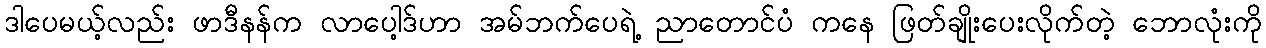
ဒါပေမယ့်လည်း ဖာဒီနန်က လာပေါ့ဒ်ဟာ အမ်ဘက်ပေရဲ့ ညာတောင်ပံ ကနေ ဖြတ်ချိုးပေးလိုက်တဲ့ ဘောလုံးကို